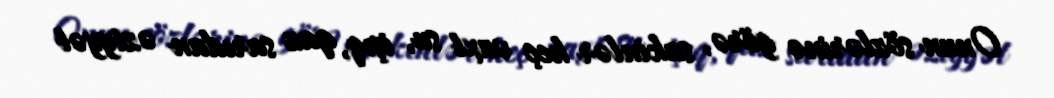
Onun sözlərinə görə, sakinlər heç vaxt su, işıq, qaz sarıdan əziyyət